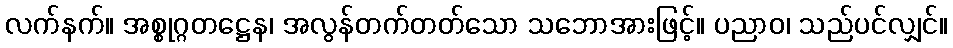
လက်နက်။ အစ္စုဂ္ဂတဋ္ဌေန၊ အလွန်တက်တတ်သော သဘောအားဖြင့်။ ပညာဝ၊ သည်ပင်လျှင်။